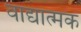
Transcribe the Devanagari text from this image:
वाद्यात्मक